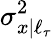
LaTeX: \sigma_{x|\ell_{\tau}}^{2}